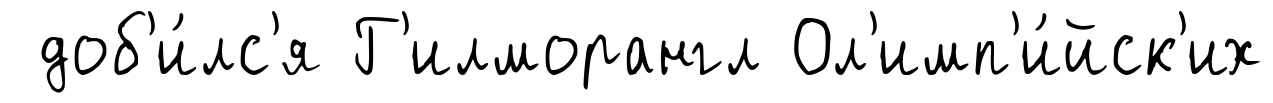
доб'и́лс'я Г'илморангл Ол'имп'и́йск'их